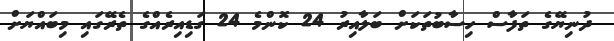
ދުނިޔޭގެ ތަފާސް ހިސާބުތަކަށް ބަލާއިރު 24 ކޮންމެ 24 ގަޑިއިރެއްގެ ތެރޭގައި މިބައްޔަށް